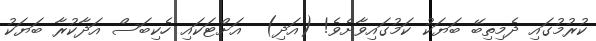
ކުރުމުގައި ދެމިތިބޭ ބަޔަކު ކަމުގައިވާށެވެ! (އަދި)  އަށްޓަކައި ހެކިބަސް އަދާކުރާ ބަޔަކު